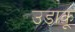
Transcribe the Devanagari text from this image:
उड़ाकू